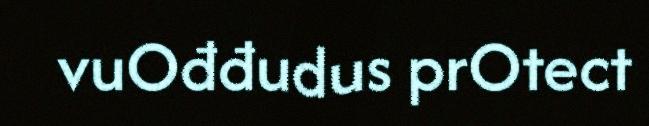
vuOđđudus prOtect